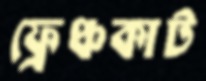
ফ্রেঞ্চকাট